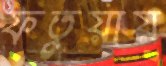
ফতুয়ায়